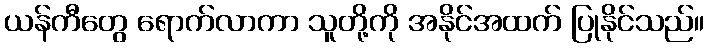
ယန်ကီတွေ ရောက်လာကာ သူတို့ကို အနိုင်အထက် ပြုနိုင်သည်။